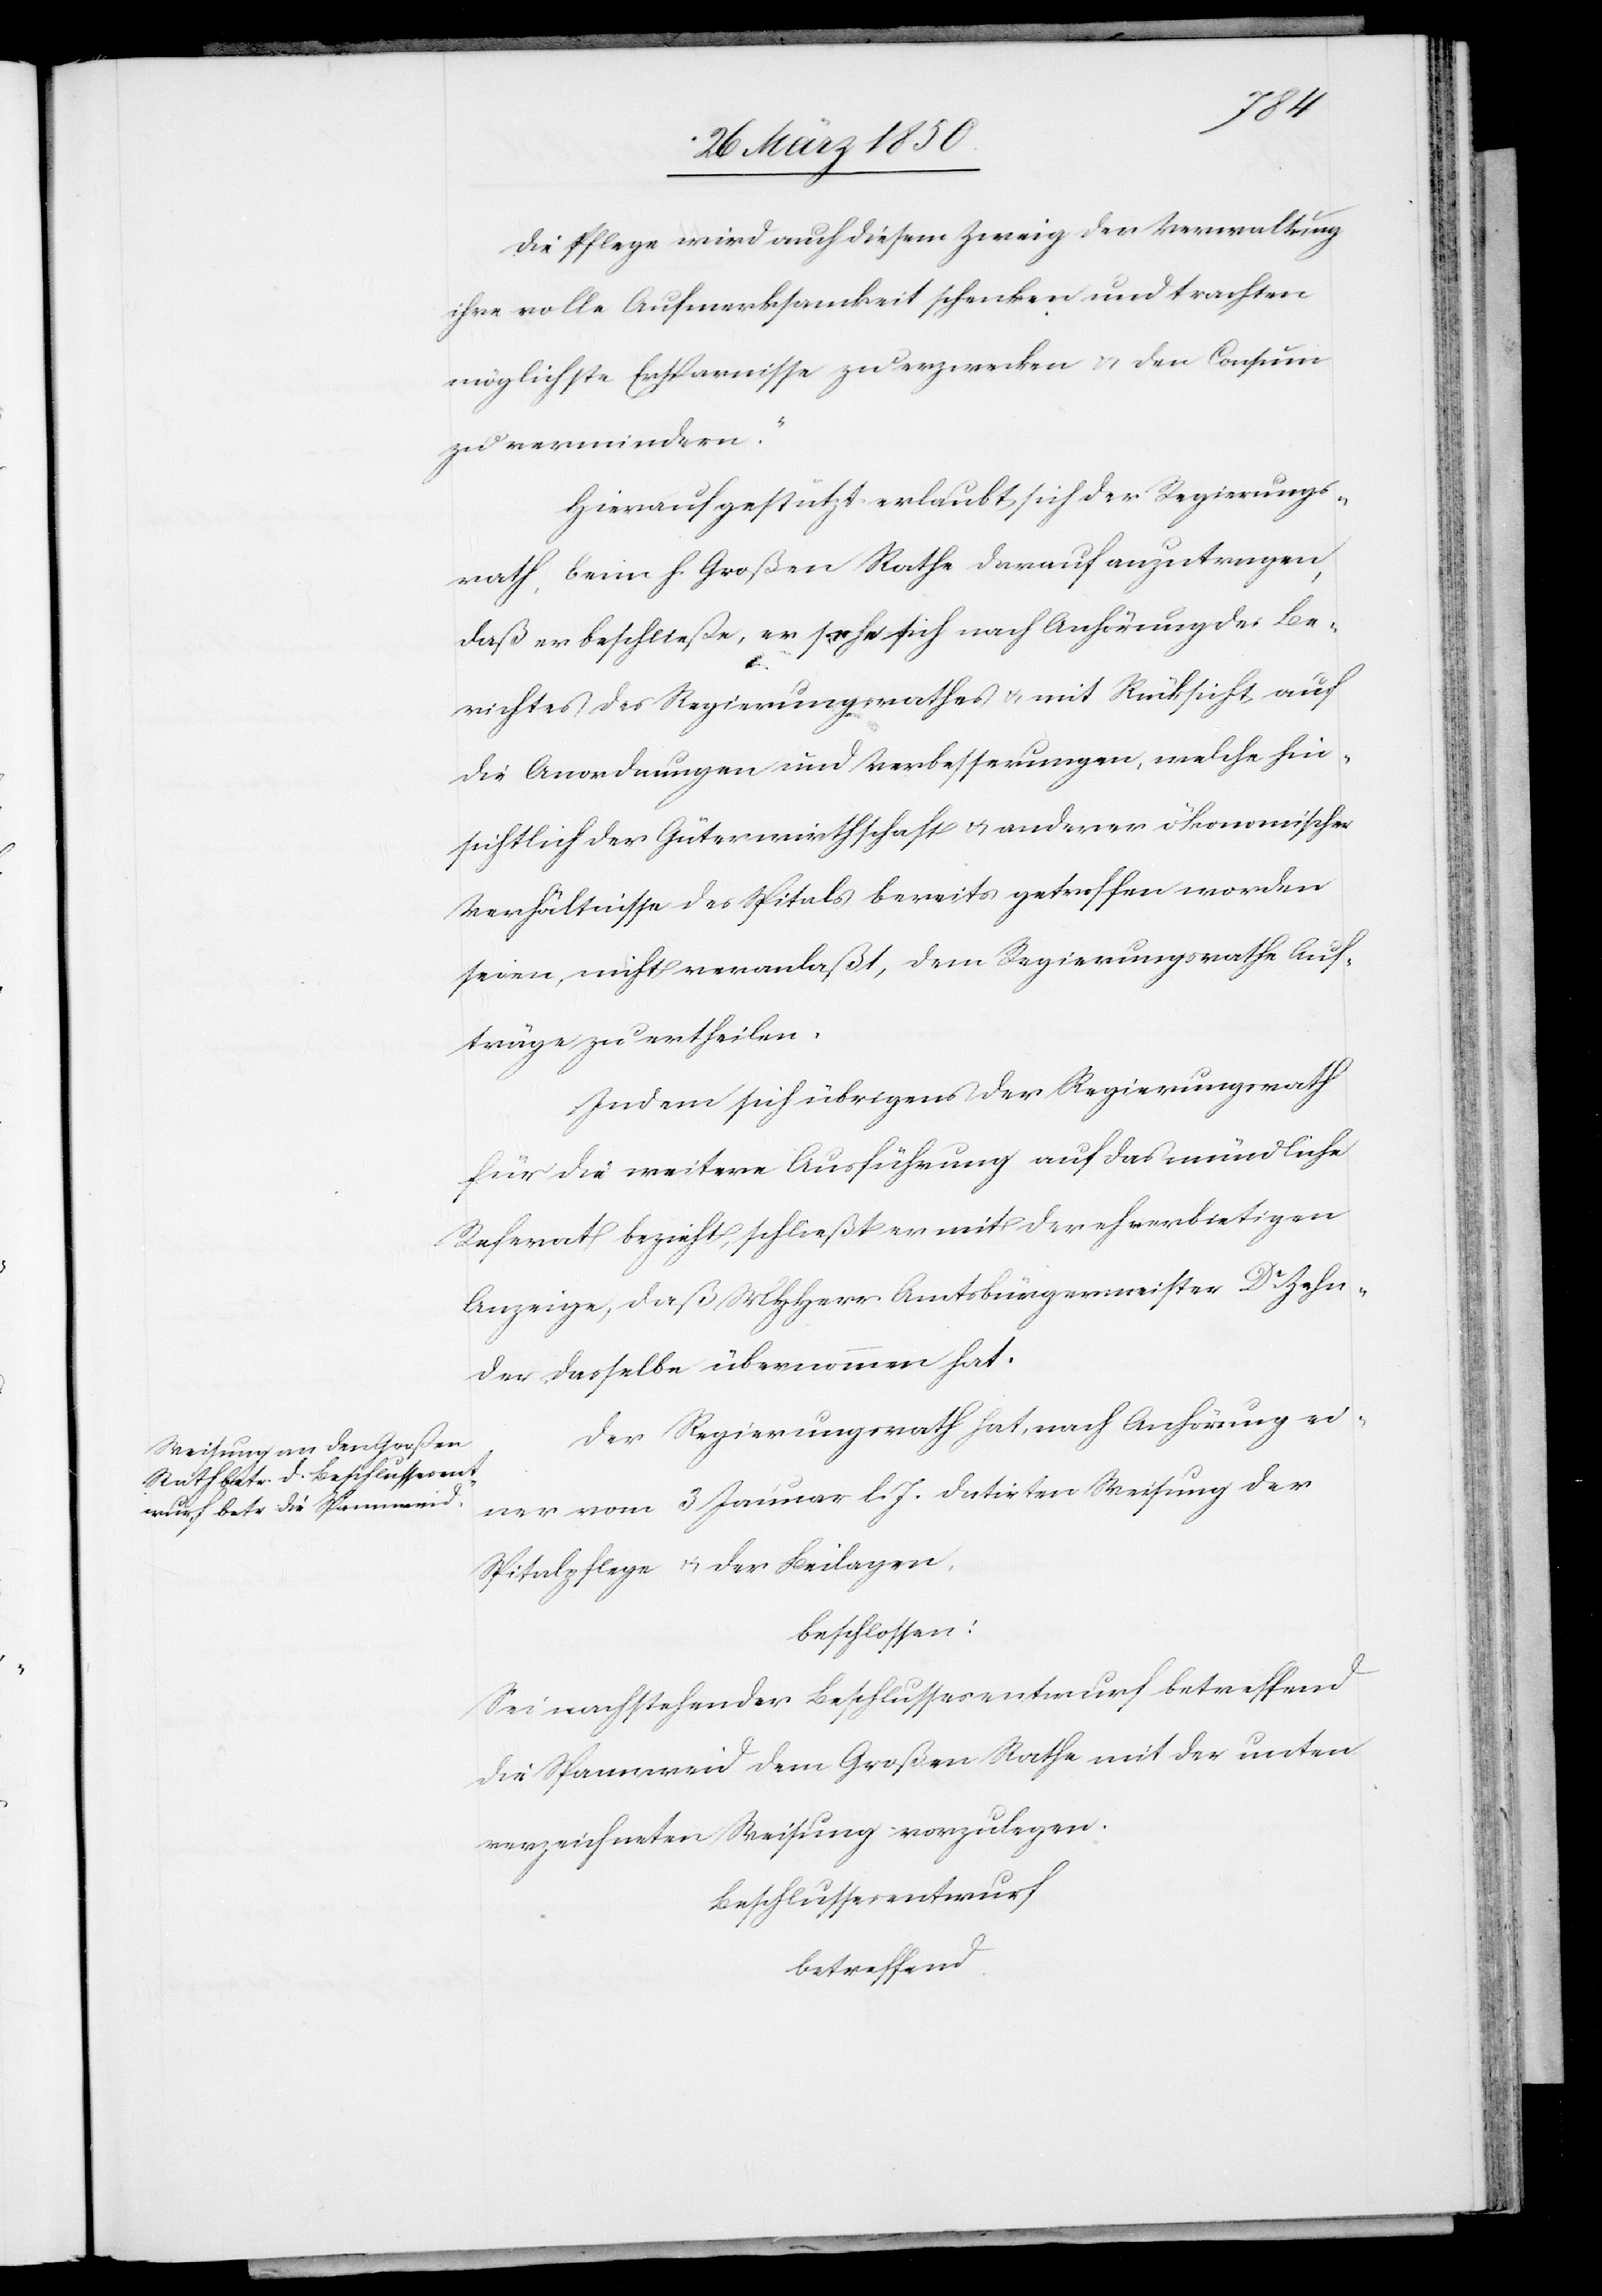
Die Pflege wird auch diesem Zweig der Verwaltung
ihre volle Aufmerksamkeit schenken und trachten
möglichste Ersparnisse zu erwecken u. den Consum
zu vermindern.“
Hierauf gestützt erlaubt sich der Regierungs¬
rath beim h. Großen Rathe darauf anzutragen,
daß er beschließe, er sehe sich nach Anhörung des Be¬
richtes des Regierungsrathes u. mit Rücksicht auf
die Anordnungen und Verbesserungen, welche hin¬
sichtlich der Güterwirthschaft u. anderer ökonomischer
Verhältnisse des Spitals bereits getroffen worden
seien, nicht veranlaßt, dem Regierungsrathe Auf¬
träge zu ertheilen.
Indem sich übrigens der Regierungsrath
für die weitere Ausführung auf das mündliche
Referat bezieht, schließt er mit der ehrerbietigen
Anzeige, daß MHHerr Amtsbürgermeister Dr Zehn¬
der dasselbe übernommen hat.
Der Regierungsrath hat, nach Anhörung ei¬
ner vom 3 Januar l. J. datirten Weisung der
Spitalpflege u. der Beilagen,
beschlossen:
Sei nachstehender Beschlussesentwurf betreffend
die Spannweid dem Großen Rathe mit der unten
verzeichneten Weisung vorzulegen.
Beschlussesentwurf
betreffend